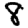
Digit: 8